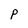
Character: P